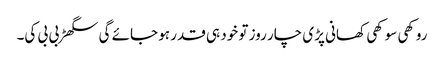
روکھی سوکھی کھانی پڑی چار روز تو خود ہی قدر ہو جائے گی سگھڑ بی بی کی۔